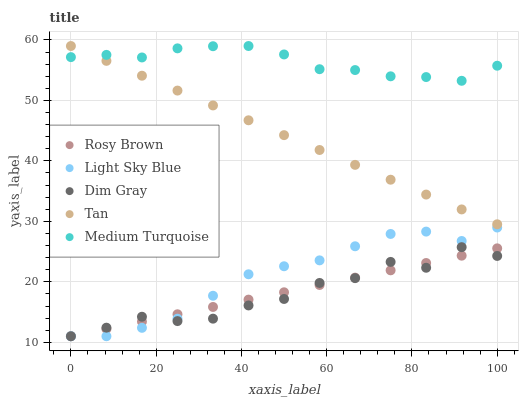
| xaxis_label | Rosy Brown | Light Sky Blue | Dim Gray | Tan | Medium Turquoise |
 | --- | --- | --- | --- | --- | --- |
 | 0 | 11 | 11 | 11 | 59 | 57.2 |
 | 8.33 | 12.2 | 11 | 12.4 | 56.5 | 57.5 |
 | 16.7 | 13.4 | 12.4 | 14.2 | 54.1 | 57.1 |
 | 25 | 14.6 | 13.9 | 13.5 | 51.6 | 58.6 |
 | 33.3 | 15.8 | 17.7 | 13.9 | 49.2 | 59 |
 | 41.7 | 17.1 | 21.2 | 16.1 | 46.7 | 59 |
 | 50 | 18.3 | 22.6 | 17.2 | 44.3 | 57.6 |
 | 58.3 | 19.5 | 23.6 | 19.8 | 41.8 | 55.2 |
 | 66.7 | 20.7 | 25.9 | 20.6 | 39.3 | 55 |
 | 75 | 21.9 | 27.9 | 23.3 | 36.9 | 54 |
 | 83.3 | 23.1 | 28.3 | 22.3 | 34.4 | 53.9 |
 | 91.7 | 24.3 | 26.8 | 25.7 | 32 | 53.2 |
 | 100 | 25.5 | 29 | 24.3 | 29.5 | 55.7 |